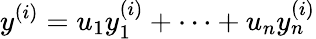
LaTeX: y^{(i)}=u_{1}y_{1}^{(i)}+\cdots+u_{n}y_{n}^{(i)}